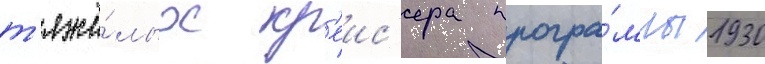
т'яжё́лых кр'еис'ера програ́ммы 1930